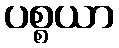
ပစ္စယာ